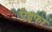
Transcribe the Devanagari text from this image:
ऐइफा